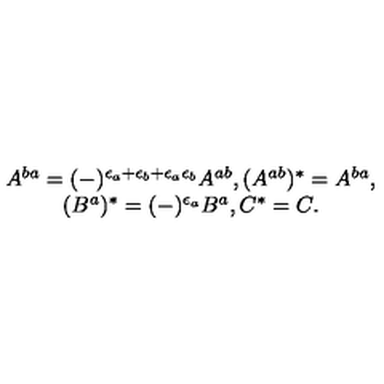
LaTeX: \begin{array} { c } { A ^ { b a } = ( - ) ^ { \epsilon _ { a } + \epsilon _ { b } + \epsilon _ { a } \epsilon _ { b } } A ^ { a b } , ( A ^ { a b } ) ^ { * } = A ^ { b a } , } \\ { ( B ^ { a } ) ^ { * } = ( - ) ^ { \epsilon _ { a } } B ^ { a } , C ^ { * } = C . } \\ \end{array}